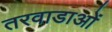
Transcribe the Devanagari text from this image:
तरवाडाओं